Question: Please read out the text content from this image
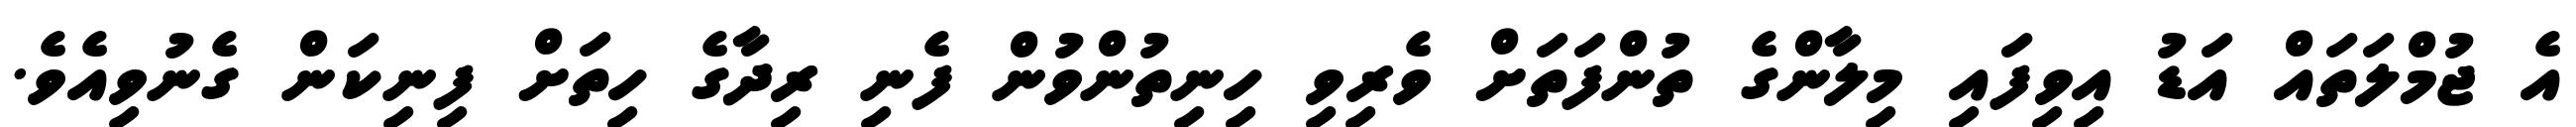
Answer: އެ ޖުމްލަތައް އަޑު އިވިފައި މިލާންގެ ތުންފަތަށް ވެރިވި ހިނިތުންވުން ފެނި ރިދާގެ ހިތަށް ފިނިކަން ގެނުވިއެވެ.